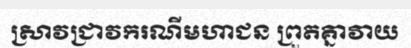
ស្រាវជ្រាវករណីមហាជន ព្រួតគ្នាវាយ